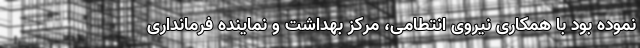
نموده بود با همکاری نیروی انتطامی، مرکز بهداشت و نماینده فرمانداری